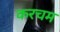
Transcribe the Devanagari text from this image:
करचम